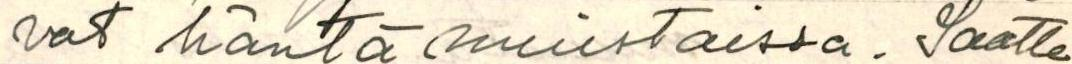
vat häntä muistaissa. Saatte